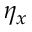
\eta _ { x }